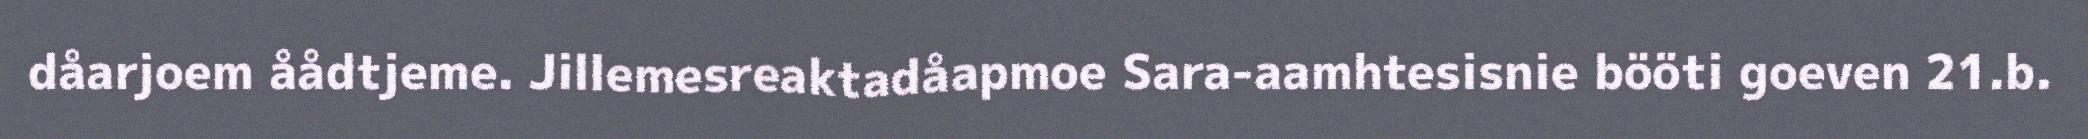
dåarjoem åådtjeme. Jillemesreaktadåapmoe Sara-aamhtesisnie bööti goeven 21.b.